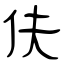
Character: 伕